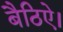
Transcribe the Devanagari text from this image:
बैठिऐ।